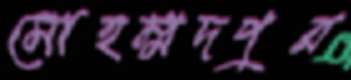
মোহম্মদপুর